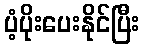
ပံ့ပိုးပေးနိုင်ပြီး